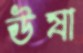
ঊষা